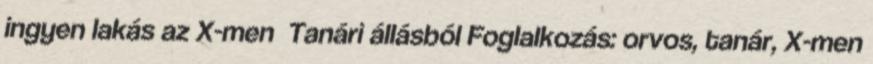
ingyen lakás az X-men Tanári állásból Foglalkozás: orvos, tanár, X-men